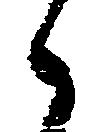
々